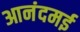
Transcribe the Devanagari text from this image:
आनंदमई